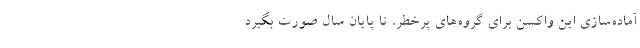
آماده‌سازی این واکسن برای گروه‌های پرخطر، تا پایان سال صورت بگیرد